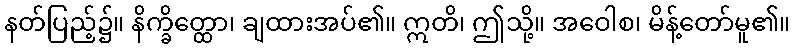
နတ်ပြည့်၌။ နိက္ခိတ္ထော၊ ချထားအပ်၏။ ဣတိ၊ ဤသို့။ အဝေါစ၊ မိန့်တော်မူ၏။